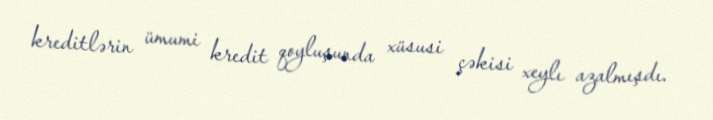
kreditlərin ümumi kredit qoyluşunda xüsusi çəkisi xeylı azalmışdı.